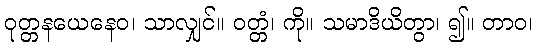
ဝုတ္တနယေနေဝ၊ သာလျှင်။ ဝတ္တံ၊ ကို။ သမာဒိယိတွာ၊ ၍။ တာဝ၊